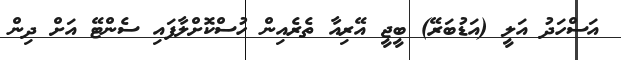
އަސްހަދު އަލީ (އަޑުބަރޭ) ބީޖީ އޭރިއާ ތެރެއިން ހުސްކޮށްލާފައި ސެންޓޭ އަށް ދިން